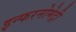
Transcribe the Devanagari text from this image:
इन्फरनोमेट्री